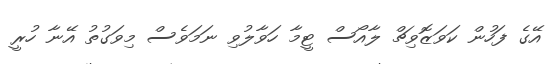
އޭގެ ފަހުން ކަވަޒޮވިޗް ލާއޯސް ޓީމާ ހަވާލުވި ނަމަވެސް މިވަގުތު އޭނާ ހުރީ